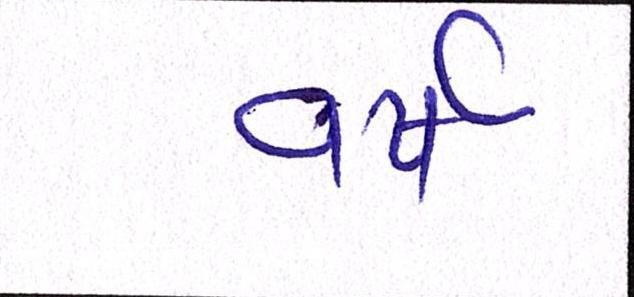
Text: વર્ષ